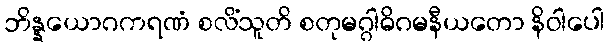
ဘိန္နယောဂကရဏံ စလိံသူတိ စတုမဂ္ဂါဓိဂမနီယတော နိဝါပေါ